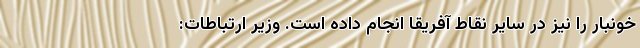
خونبار را نیز در سایر نقاط آفریقا انجام داده‌ است. وزیر ارتباطات: